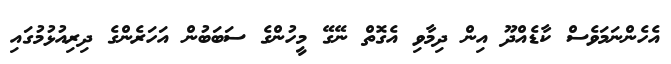
އެހެންނަމަވެސް ކާޑެއްދޫ އިން ދިމާވި އެގޮތް ނޭގޭ މީހުންގެ ސަބަބުން އަހަރެންގެ ދިރިއުޅުމުގައި